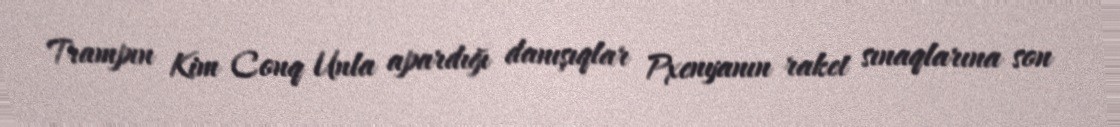
Trampın Kim Conq Unla apardığı danışıqlar Pxenyanın raket sınaqlarına son